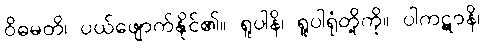
ဝိဓမတိ၊ ပယ်ဖျောက်နိုင်၏။ ရူပါနိ၊ ရူပါရုံတို့ကို။ ပါကဋာနိ၊